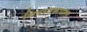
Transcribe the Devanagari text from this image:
चित्रस्वरूपात